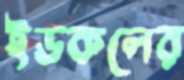
ইডকলের